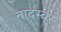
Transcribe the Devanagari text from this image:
नादस्वर